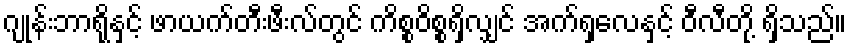
ဂျုန်းဘာရိုနှင့် ဖာယက်တီးဖီးလ်တွင် ကိစ္စဝိစ္စရှိလျှင် အက်ရှလေနှင့် ဝီလီတို့ ရှိသည်။